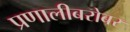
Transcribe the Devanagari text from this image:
प्रणालीबरोबर